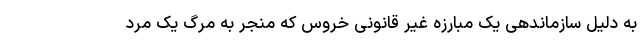
به دلیل سازماندهی یک مبارزه غیر قانونی خروس که منجر به مرگ یک مرد